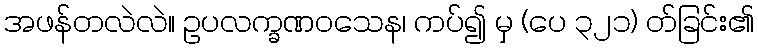
အဖန်တလဲလဲ။ ဥပလက္ခဏဝသေန၊ ကပ်၍ မှ (ပေ ၃၂၁) တ်ခြင်း၏